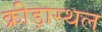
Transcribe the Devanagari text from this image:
क्रीड़ास्‍थल